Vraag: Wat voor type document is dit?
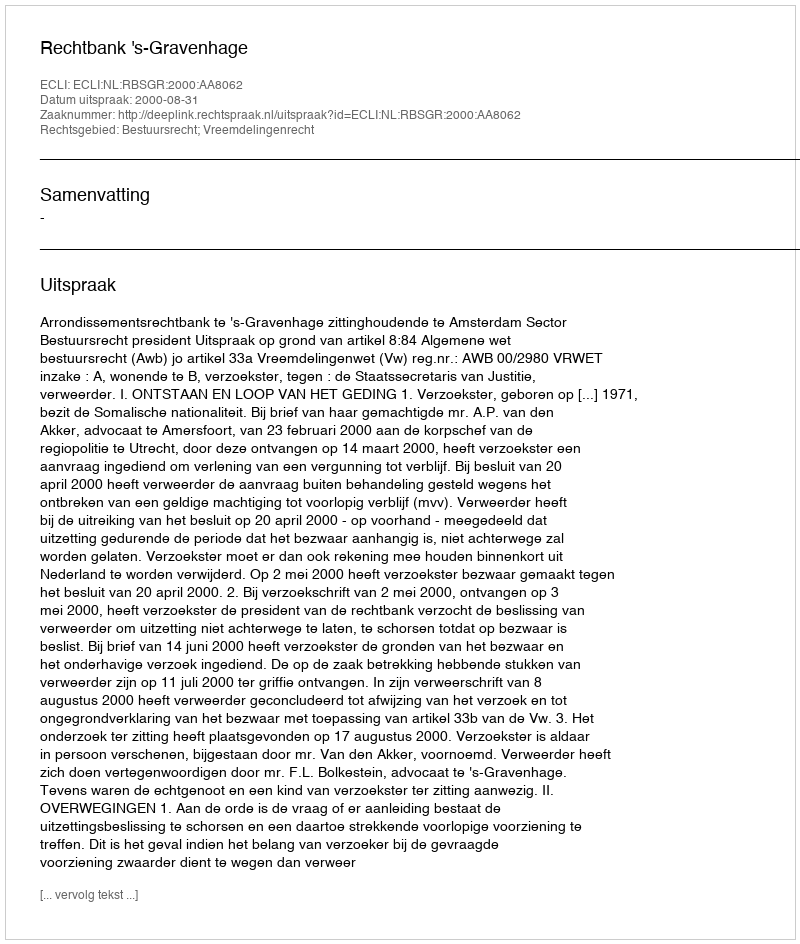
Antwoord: Uitspraak